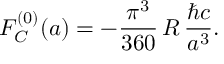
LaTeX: F _ { C } ^ { ( 0 ) } ( a ) = - \frac { \pi ^ { 3 } } { 3 6 0 } \, R \, \frac { \hbar c } { a ^ { 3 } } .